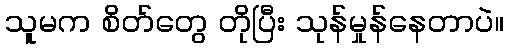
သူမက စိတ်တွေ တိုပြီး သုန်မှုန်နေတာပဲ။